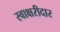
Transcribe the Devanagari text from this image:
स्वाक्षरीदार